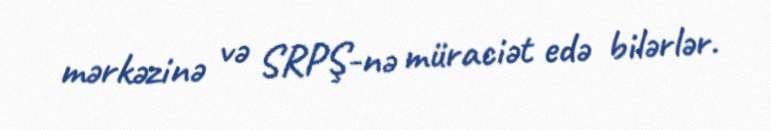
mərkəzinə və SRPŞ-nə müraciət edə bilərlər.